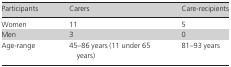
<table><thead><tr><td><b>Participants</b></td><td><b>Carers</b></td><td><b>Care-recipients</b></td></tr></thead><tbody><tr><td>Women</td><td>11</td><td>5</td></tr><tr><td>Men</td><td>3</td><td>0</td></tr><tr><td>Age-range</td><td>45–86 years (11 under 65 years)</td><td>81–93 years</td></tr></tbody></table>